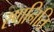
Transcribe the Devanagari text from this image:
रणनिति